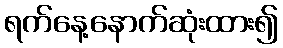
ရက်နေ့နောက်ဆုံးထား၍